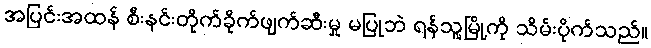
အပြင်းအထန် စီးနင်းတိုက်ခိုက်ဖျက်ဆီးမှု မပြုဘဲ ရန်သူ့မြို့ကို သိမ်းပိုက်သည်။